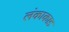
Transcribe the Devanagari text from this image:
लंकाकाड